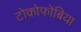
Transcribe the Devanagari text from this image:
टोकोफोबिया